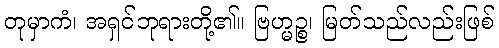
တုမှာကံ၊ အရှင်ဘုရားတို့၏။ ဗြဟ္မဉ္စ၊ မြတ်သည်လည်းဖြစ်